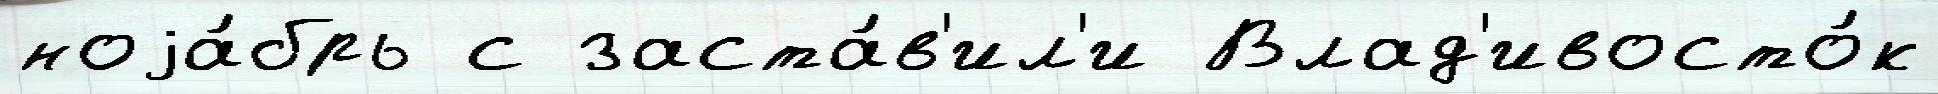
ноjа́брь с заста́в'ил'и Влад'ивосто́к